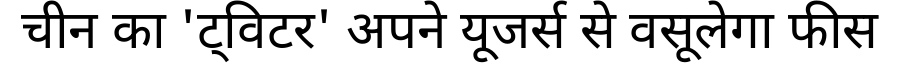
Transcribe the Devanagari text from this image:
चीन का 'ट्विटर' अपने यूजर्स से वसूलेगा फीस